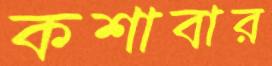
কশাবার